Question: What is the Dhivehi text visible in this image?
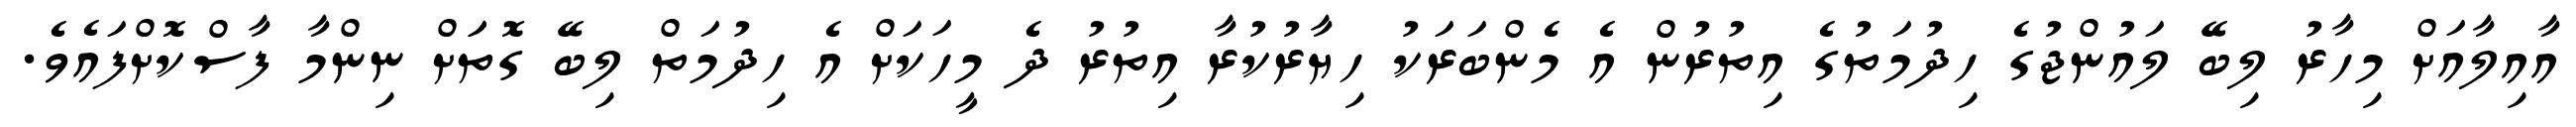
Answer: އާއިލާއަށް މިހާރު ލިބޭ ލައުންޖުގެ ހިދުމަތުގެ އިތުރުން އެ މެންބަރަކު ހިޔާރުކުރާ އިތުރު ދެ މީހަކަށް އެ ހިދުމަތް ލިބޭ ގޮތަަށް ނިންމާ ފާސްކޮށްފައެވެ.